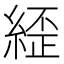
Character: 𮈥